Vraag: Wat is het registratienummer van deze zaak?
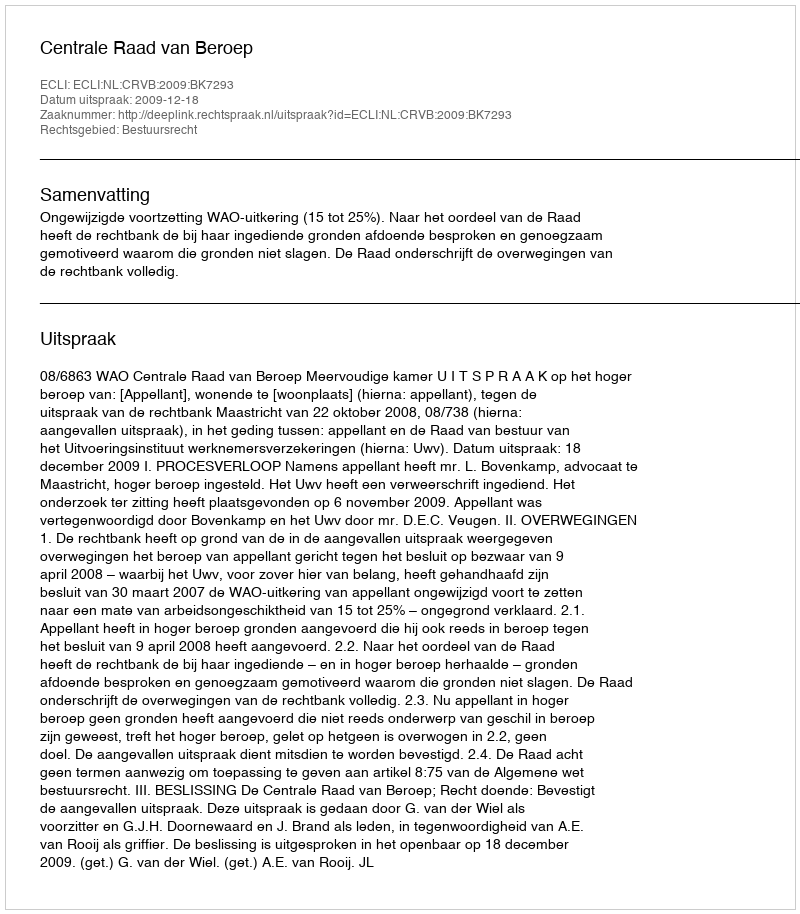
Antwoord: http://deeplink.rechtspraak.nl/uitspraak?id=ECLI:NL:CRVB:2009:BK7293